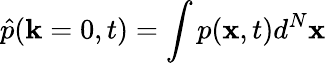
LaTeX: \hat{p}(\mathbf{k}=0,t)=\int p(\mathbf{x},t)d^{N}\mathbf{x}